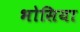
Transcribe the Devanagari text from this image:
भोसिया